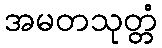
အမတသုတ္တံ